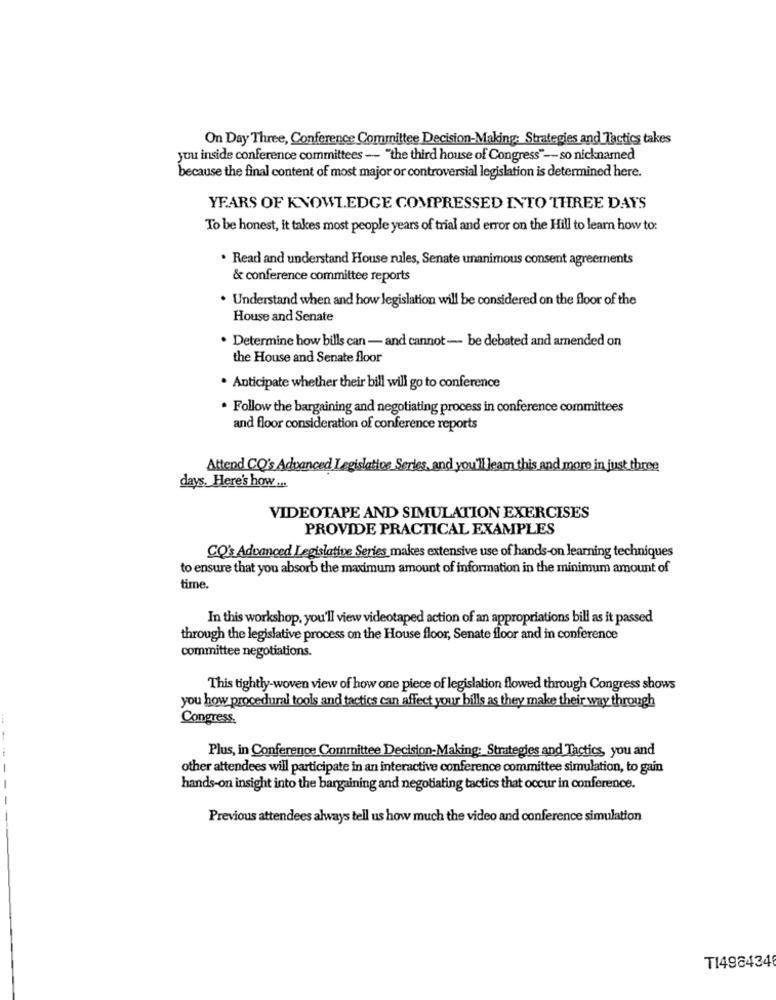
On Day Three, Conference Committee Decision-Making: Strategies and Tactics takes
you inside conference committees -- "the third house of Congress" -- so nicknamed
because the final content of most major or controversial legislation is determined here.
YEARS OF KNOWLEDGE COMPRESSED INTO THREE DAYS
To be honest, it takes most people years of trial and error on the Hill to learn how to:
. Read and understand House rules, Senate unanimous consent agreements
& conference committee reports
. Understand when and how legislation will be considered on the floor of the
House and Senate
· Determine how bills can - and cannot- be debated and arnended on
the House and Senate floor
. Anticipate whether their bill will go to conference
. Follow the bargaining and negotiating process in conference committees
and floor consideration of conference reports
Attend CQ's Advanced Legislative Series, and you'll learn this and more in just three
days, Here's how ...
VIDEOTAPE AND SIMULATION EXERCISES
PROVIDE PRACTICAL EXAMPLES
CQ's Advanced Legislative Series makes extensive use of hands-on learning techniques
to ensure that you absorb the maximum amount of information in the minimum amount of
time.
In this workshop, you'll view videotaped action of an appropriations bill as it passed
through the legislative process on the House floor, Senate floor and in conference
committee negotiations.
This tightly-woven view of how one piece of legislation flowed through Congress shows
you how procedural tools and tactics can affect your bills as they make their way through
Congress.
Plus, in Conference Committee Decision-Making: Strategies and Tactics, you and
other attendees will participate in an interactive conference committee simulation, to gain
hands-on insight into the bargaining and negotiating tactics that occur in conference.
Previous attendees always tell us how much the video and conference simulation
TI498434